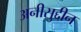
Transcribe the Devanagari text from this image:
अनीसुद्दीन